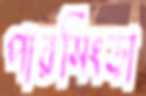
পারসিংড়া